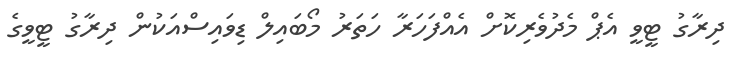
ދިރާގު ޓީވީ އެޕް މެދުވެރިކޮށް އެއްފަހަރާ ހަތަރު މޯބައިލް ޑިވައިސްއަކުން ދިރާގު ޓީވީގެ